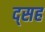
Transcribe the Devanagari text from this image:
द्सह